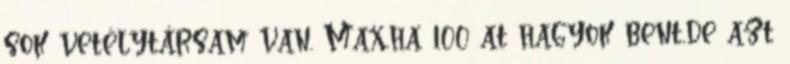
sok vetélytársam van. Max,ha 100 at hagyok bent,de azt